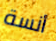
أنسة